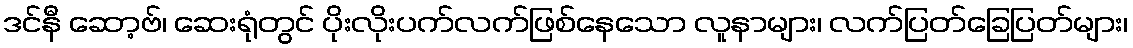
ဒင်နီ ဆော့ဗ်၊ ဆေးရုံတွင် ပိုးလိုးပက်လက်ဖြစ်နေသော လူနာများ၊ လက်ပြတ်ခြေပြတ်များ၊